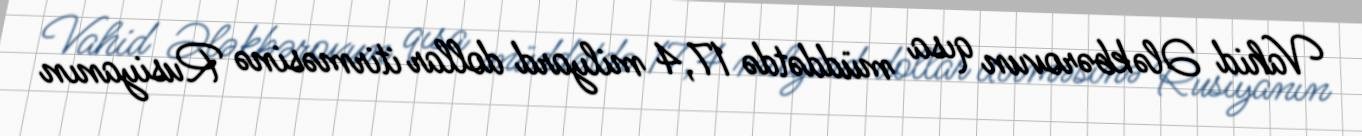
Vahid Ələkbərovun qısa müddətdə 17,4 milyard dollar itirməsinə Rusiyanın